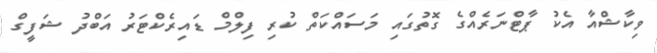
ވިކާޝްއާ އެކު ޕާޓްނަރެއްގެ ގޮތުގައި މަސައްކަތް ކުރި ފިލްމް ޑައިރެކްޓަރު އަބްދު ޝަފީގް